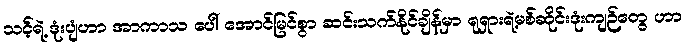
သင့်ရဲ့ ဒုံးပျံဟာ အာကာသ ပေါ် အောင်မြင်စွာ ဆင်းသက်နိုင်ချိန်မှာ ရုရှားရဲ့မစ်ဆိုင်းဒုံးကျဉ်တွေ ဟာ